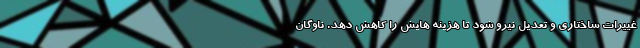
غییرات ساختاری و تعدیل نیرو شود تا هزینه هایش را کاهش دهد. ناوگان